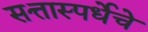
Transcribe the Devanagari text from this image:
सत्तास्पर्धेचे